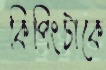
কিপিংটাকে